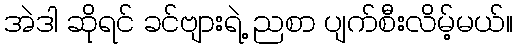
အဲဒါ ဆိုရင် ခင်ဗျားရဲ့ ညစာ ပျက်စီးလိမ့်မယ်။